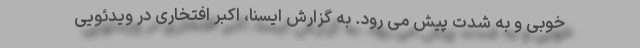
خوبی و به شدت پیش می رود. به گزارش ایسنا، اکبر افتخاری در ویدئویی